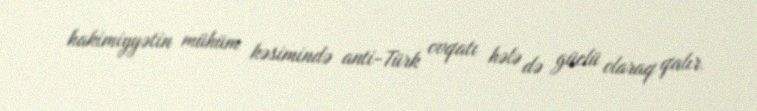
hakimiyyətin mühüm kəsimində anti-Türk ovqatı hələ də güclü olaraq qalır.